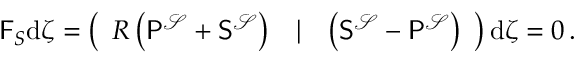
\begin{array} { r } { \mathsf { F } _ { S } \mathrm { d } \boldsymbol { \zeta } = \left( \begin{array} { l l l } { R \left( \mathsf { P } ^ { \mathcal { S } } + \mathsf { S } ^ { \mathcal { S } } \right) } & { | } & { \left( \mathsf { S } ^ { \mathcal { S } } - \mathsf { P } ^ { \mathcal { S } } \right) } \end{array} \right) \mathrm { d } \boldsymbol { \zeta } = 0 \, . } \end{array}